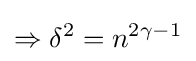
\Rightarrow \delta ^{2}=n^{2\gamma -1}